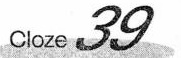
Cloze 39